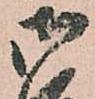
御